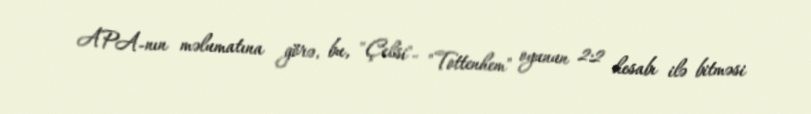
APA-nın məlumatına görə, bu, "Çelsi"- "Tottenhem" oyunun 2:2 hesabı ilə bitməsi